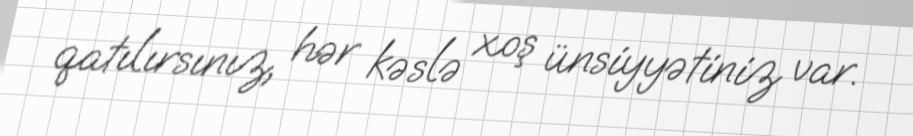
qatılırsınız, hər kəslə xoş ünsiyyətiniz var.